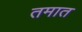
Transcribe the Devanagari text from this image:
तमात